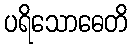
ပရိသောဓေတိ